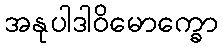
အနုပါဒါဝိမောက္ခော